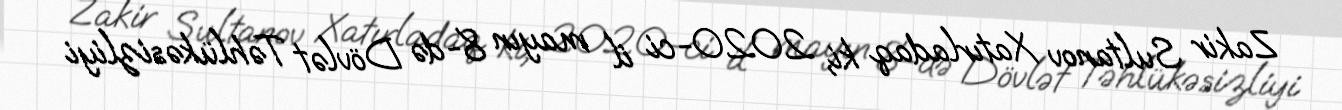
Zakir Sultanov Xatırladaq ki, 2020-ci il mayın 8-də Dövlət Təhlükəsizliyi